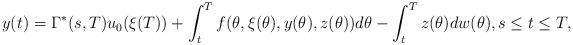
LaTeX: \begin{align*}y(t)=\Gamma^*(s,T)u_0(\xi(T))+\int_t^Tf(\theta,\xi(\theta),y(\theta),z(\theta))d\theta-\int_t^Tz(\theta) dw(\theta),s\le t\le T,\end{align*}